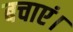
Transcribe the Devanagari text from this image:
बचाएं।